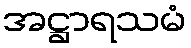
အဋ္ဌာရသမံ